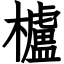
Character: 櫨